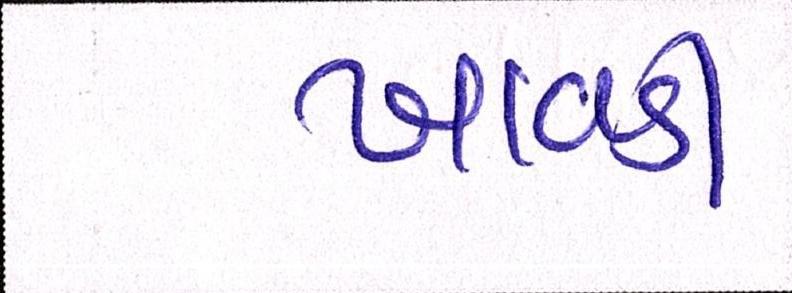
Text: ખાવડી